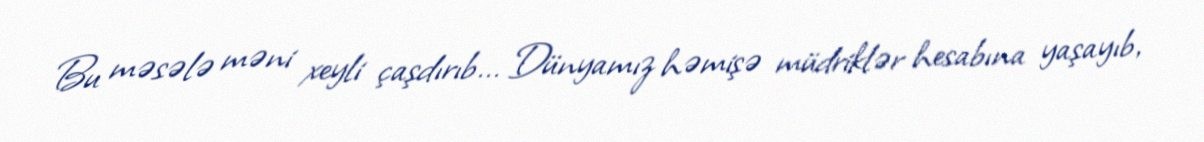
Bu məsələ məni xeyli çaşdırıb... Dünyamız həmişə müdriklər hesabına yaşayıb,